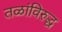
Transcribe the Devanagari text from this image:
तळांविरुद्ध